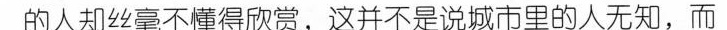
的人却丝毫不懂得欣赏，这并不是说城市里的人无知，而